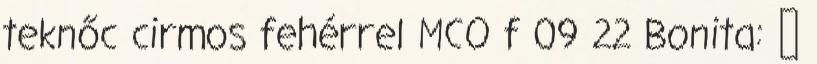
teknőc cirmos fehérrel MCO f 09 22 Bonita: ♀